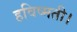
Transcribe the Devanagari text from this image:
हविष्मती।